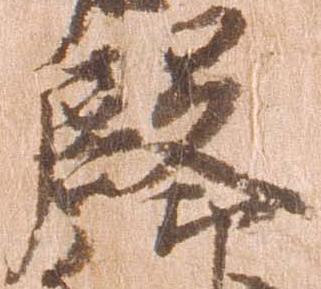
殿